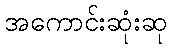
အကောင်းဆုံးဆု